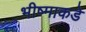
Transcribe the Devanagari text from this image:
भीष्माकडे